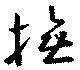
撫